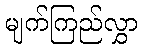
မျက်ကြည်လွှာ